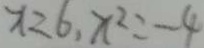
x = 6 , x ^ { 2 } = - 4